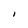
Character: I